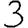
Digit: 3